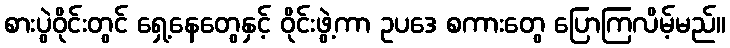
စားပွဲဝိုင်းတွင် ရှေ့နေတွေနှင့် ဝိုင်းဖွဲ့ကာ ဥပဒေ စကားတွေ ပြောကြလိမ့်မည်။